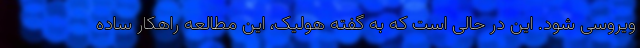
ویروسی شود. این در حالی است که به گفته هولیک، این مطالعه راهکار ساده